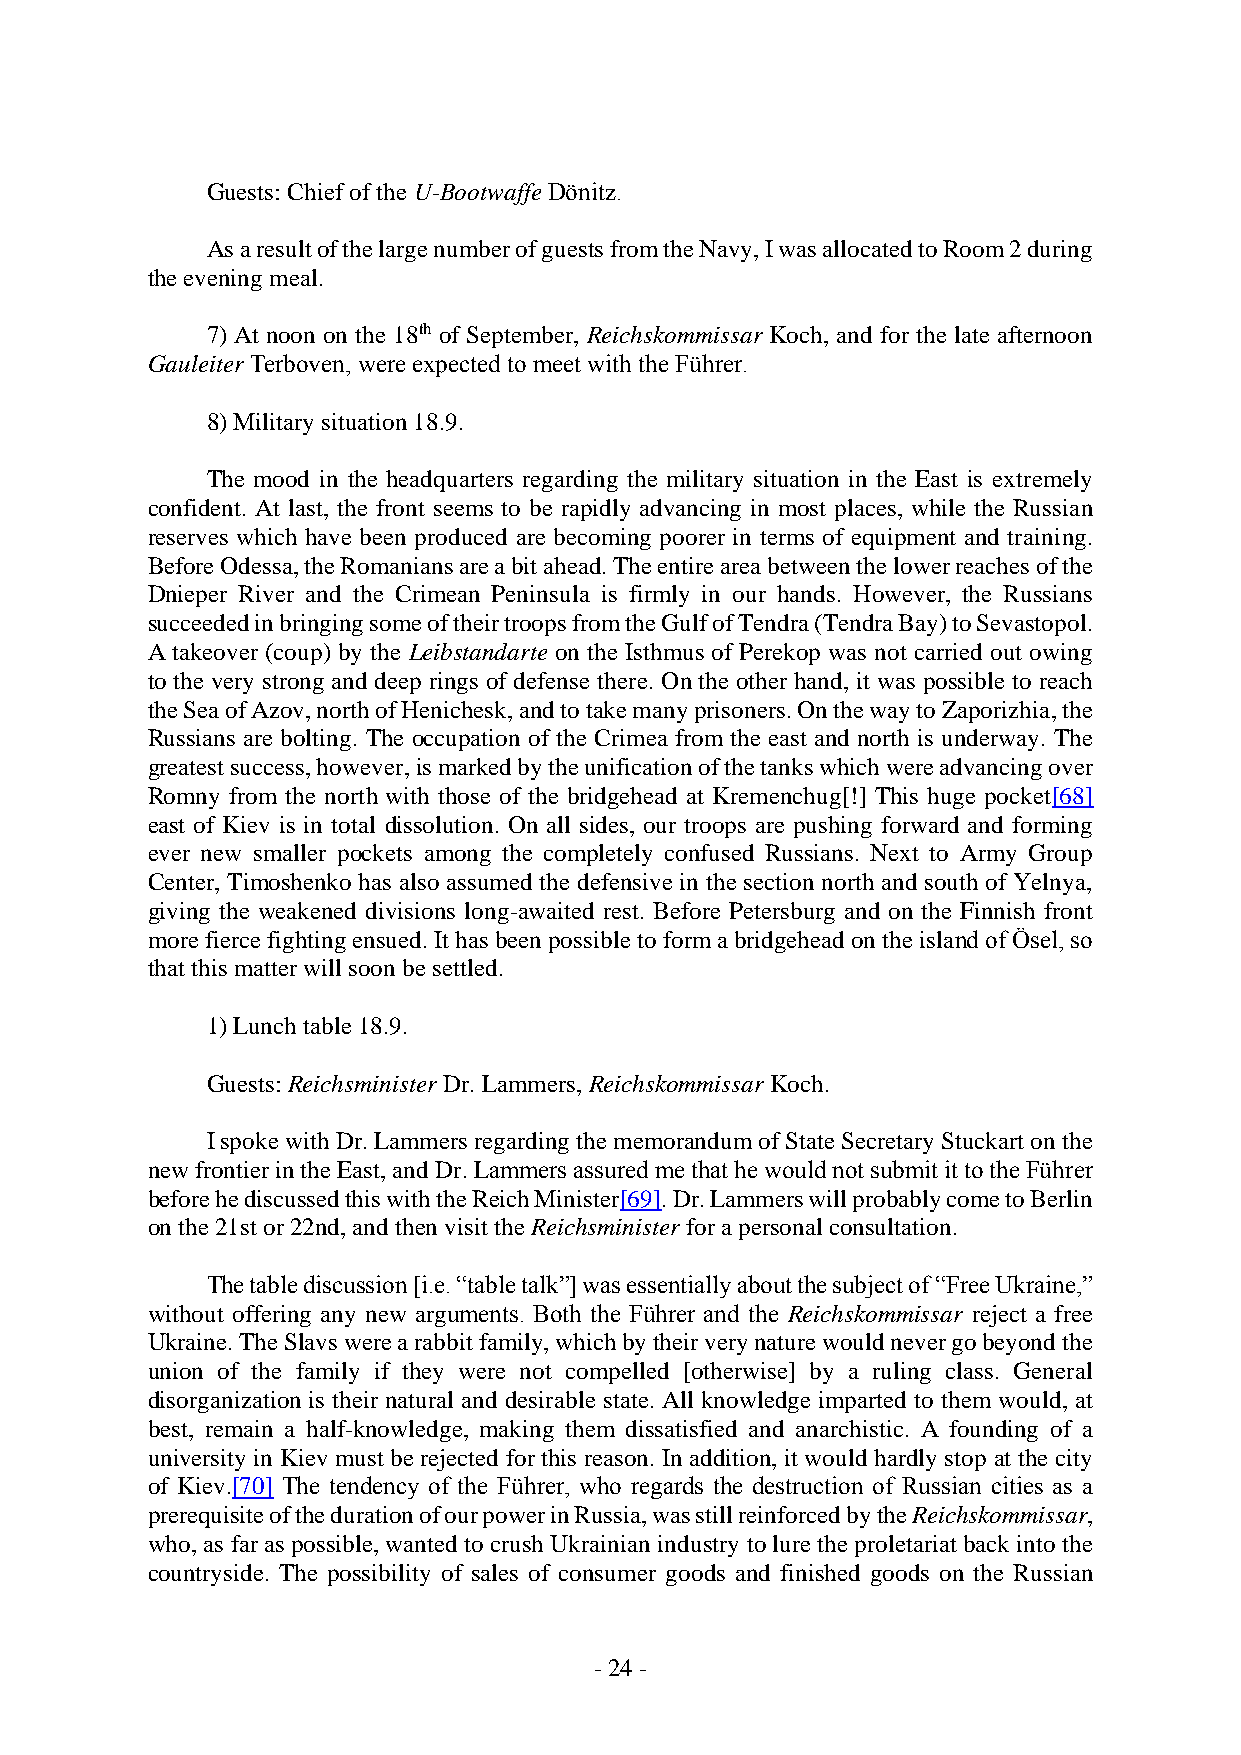
Guests: Chief of the U-Bootwaffe Dönitz.
 As a result of the large number of guests from the Navy, I was allocated to Room 2 during
 the evening meal.
 7) At noon on the 18th of September, Reichskommissar Koch, and for the late afternoon
 Gauleiter Terboven, were expected to meet with the Führer.
 8) Military situation 18.9.
 The mood in the headquarters regarding the military situation in the East is extremely
 confident. At last, the front seems to be rapidly advancing in most places, while the Russian
 reserves which have been produced are becoming poorer in terms of equipment and training.
 Before Odessa, the Romanians are a bit ahead. The entire area between the lower reaches of the
 Dnieper River and the Crimean Peninsula is firmly in our hands. However, the Russians
 succeeded in bringing some of their troops from the Gulf of Tendra (Tendra Bay) to Sevastopol.
 A takeover (coup) by the Leibstandarte on the Isthmus of Perekop was not carried out owing
 to the very strong and deep rings of defense there. On the other hand, it was possible to reach
 the Sea of Azov, north of Henichesk, and to take many prisoners. On the way to Zaporizhia, the
 Russians are bolting. The occupation of the Crimea from the east and north is underway. The
 greatest success, however, is marked by the unification of the tanks which were advancing over
 Romny from the north with those of the bridgehead at Kremenchug[!] This huge pocket[68]
 east of Kiev is in total dissolution. On all sides, our troops are pushing forward and forming
 ever new smaller pockets among the completely confused Russians. Next to Army Group
 Center, Timoshenko has also assumed the defensive in the section north and south of Yelnya,
 giving the weakened divisions long-awaited rest. Before Petersburg and on the Finnish front
 more fierce fighting ensued. It has been possible to form a bridgehead on the island of Ösel, so
 that this matter will soon be settled.
 1) Lunch table 18.9.
 Guests: Reichsminister Dr. Lammers, Reichskommissar Koch.
 I spoke with Dr. Lammers regarding the memorandum of State Secretary Stuckart on the
 new frontier in the East, and Dr. Lammers assured me that he would not submit it to the Führer
 before he discussed this with the Reich Minister[69]. Dr. Lammers will probably come to Berlin
 on the 21st or 22nd, and then visit the Reichsminister for a personal consultation.
 The table discussion [i.e. “table talk”] was essentially about the subject of “Free Ukraine,”
 without offering any new arguments. Both the Führer and the Reichskommissar reject a free
 Ukraine. The Slavs were a rabbit family, which by their very nature would never go beyond the
 union of the family if they were not compelled [otherwise] by a ruling class. General
 disorganization is their natural and desirable state. All knowledge imparted to them would, at
 best, remain a half-knowledge, making them dissatisfied and anarchistic. A founding of a
 university in Kiev must be rejected for this reason. In addition, it would hardly stop at the city
 of Kiev.[70] The tendency of the Führer, who regards the destruction of Russian cities as a
 prerequisite of the duration of our power in Russia, was still reinforced by the Reichskommissar,
 who, as far as possible, wanted to crush Ukrainian industry to lure the proletariat back into the
 countryside. The possibility of sales of consumer goods and finished goods on the Russian
 - 24 -